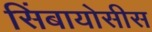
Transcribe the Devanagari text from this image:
सिंबायोसीस